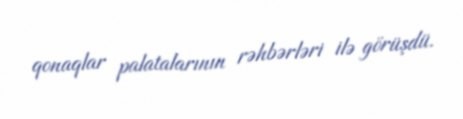
qonaqlar palatalarının rəhbərləri ilə görüşdü.